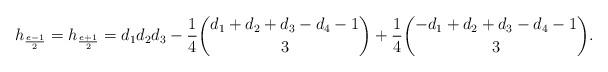
LaTeX: \begin{align*} h_{\frac{e-1}2} = h_{\frac{e+1}2}=d_1d_2d_3 - \frac14 \binom{d_1+d_2+d_3-d_4-1}3 + \frac14\binom{-d_1+d_2+d_3-d_4-1}3. \end{align*}